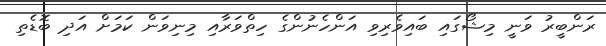
ރަންބީރު ވަނީ މިޝޯގައި ބައިވެރިވި އަންހެނުންގެ ހިތްވަރާއި މިނިވަން ކަމަށް އަދި ބޮޑެތި